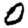
Digit: 0